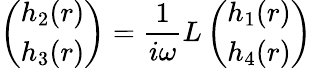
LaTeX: \left(\begin{array}{c}{{h_{2}(r)}}\\ {{h_{3}(r)}}\end{array}\right)={\frac{1}{i\omega}}L\left(\begin{array}{c}{{h_{1}(r)}}\\ {{h_{4}(r)}}\end{array}\right)